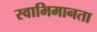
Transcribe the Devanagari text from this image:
स्वाभिमानता